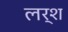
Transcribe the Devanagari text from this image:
लर्श